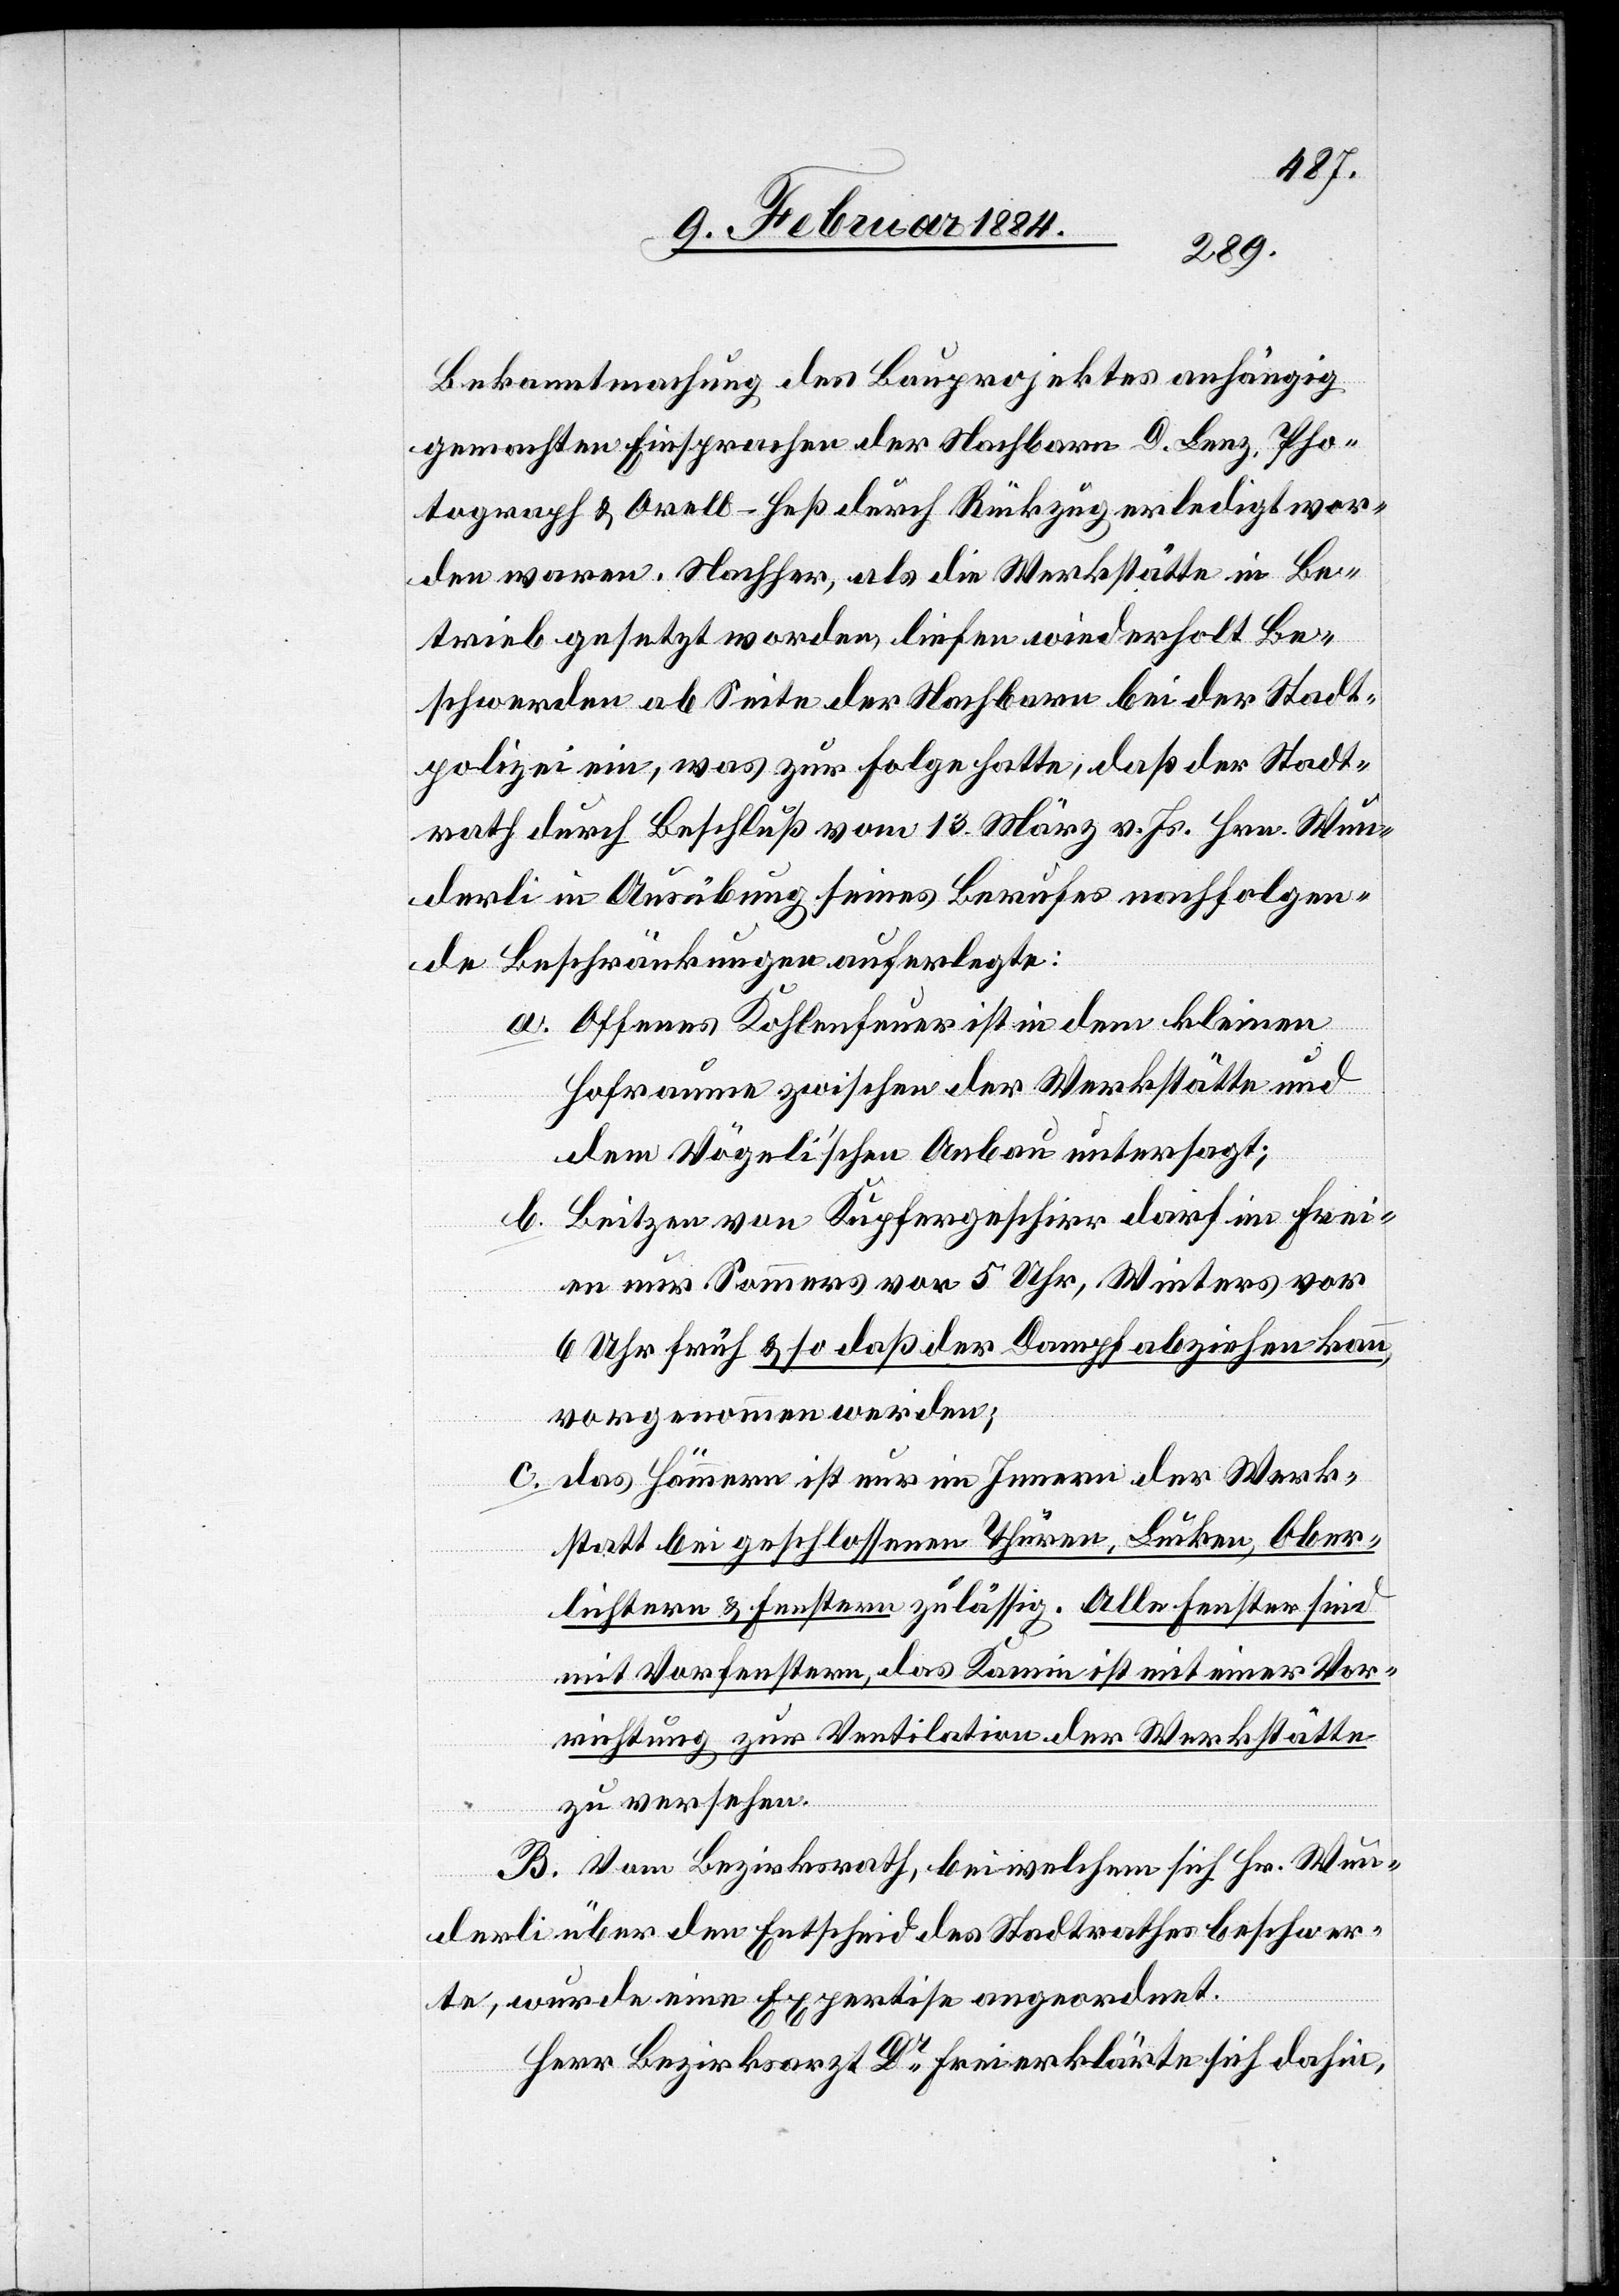
Bekanntmachung des Bauprojektes anhängig
gemachten Einsprachen der Nachbarn D. Lenz, Pho¬
tograph & Orell-Heß durch Rückzug erledigt wor¬
den waren. Nachher, als die Werkstätte in Be¬
trieb gesetzt worden, liefen wiederholt Be¬
schwerden ab Seite der Nachbarn bei der Stadt¬
polizei ein, was zur Folge hatte, daß der Stadt¬
rath durch Beschluß vom 13. März v. Js. Hrn. Wun¬
derli in Ausübung seines Berufes nachfolgen¬
de Beschränkungen auferlegte:
a. Offenes Kohlenfeuer ist in dem kleinen
Hofraume zwischen der Werkstätte und
dem Vögeli’schen Anbau untersagt;
b. Beizen von Kupfergeschirr darf im Frei¬
en nur Sommers vor 5 Uhr, Winters vor
6 Uhr früh & so daß der Dampf abziehen kann,
vorgenommen werden;
c. das Hämmern ist nur im Innern der Werk¬
statt bei geschlossenen Thüren, Luken, Ober¬
lichtern & Fenstern zulässig. Alle Fenster sind
mit Vorfenstern, das Kamin ist mit einer Vor¬
richtung zur Ventilation der Werkstätte
zu versehen.
B. Vom Bezirksrath, bei welchem sich Hr. Wun¬
derli über den Entscheid des Stadtrathes beschwer¬
te, wurde eine Expertise angeordnet.
Herr Bezirksarzt Dr Freier erklärte sich dahin,